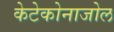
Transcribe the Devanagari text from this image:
केटेकोनाजोल